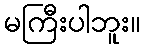
မကြီးပါဘူး။